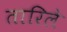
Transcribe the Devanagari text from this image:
तारिले